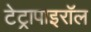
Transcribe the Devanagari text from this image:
टेट्रापाइरॉल